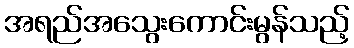
အရည်အသွေးကောင်းမွန်သည့်